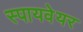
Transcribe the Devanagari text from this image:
स्पायवेयर